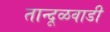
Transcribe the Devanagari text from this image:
तान्दूळवाडी